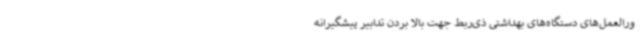
ورالعمل‌های دستگاه‌های بهداشتی ذی‌ربط جهت بالا بردن تدابیر پیشگیرانه